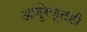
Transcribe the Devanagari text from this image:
अणुरेणूतही